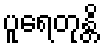
ပူရေတုန္တိ